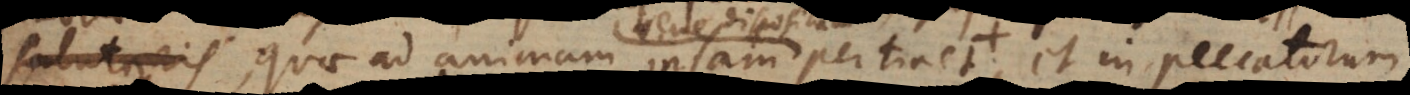
fallens, quae ad animam ipsam pertinet, et in peccatorum